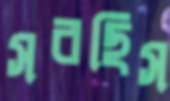
সরছিস